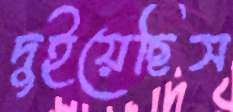
দুইয়েছিস